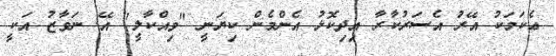
ޢެކަމަކު އޭރުަ އެސަރުކާރާ އިދިކޮޅު އެންމެން ކިޔަނީ "ވިއްކާލީ" އޭ. ނަވާޒު އަކީ